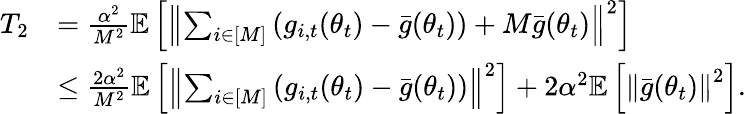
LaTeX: \begin{array}{rl}{T_{2}}&{=\frac{\alpha^{2}}{M^{2}}\mathbb{E}\left[\left\Vert\sum_{i\in[M]}\left(g_{i,t}(\theta_{t})-\bar{g}(\theta_{t})\right)+M\bar{g}(\theta_{t})\right\Vert^{2}\right]}\\ &{\leq\frac{2\alpha^{2}}{M^{2}}\mathbb{E}\left[\left\Vert\sum_{i\in[M]}\left(g_{i,t}(\theta_{t})-\bar{g}(\theta_{t})\right)\right\Vert^{2}\right]+2\alpha^{2}\mathbb{E}\left[\left\Vert\bar{g}(\theta_{t})\right\Vert^{2}\right].}\end{array}